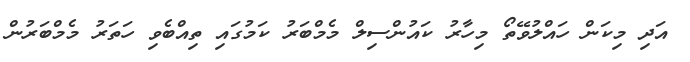
އަދި މިކަން ހައްލުވޭތޯ މިހާރު ކައުންސިލް މެމްބަރު ކަމުގައި ތިއްބެވި ހަތަރު މެމްބަރުން